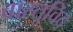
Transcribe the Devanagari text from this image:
वास्‍तुविद्